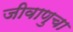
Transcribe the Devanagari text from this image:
जीवाणुचा